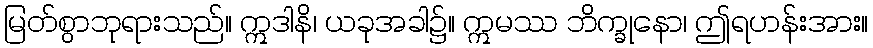
မြတ်စွာဘုရားသည်။ ဣဒါနိ၊ ယခုအခါ၌။ ဣမဿ ဘိက္ခုနော၊ ဤရဟန်းအား။